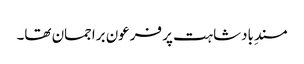
مسندِ بادشاہت پر فرعون براجمان تھا۔